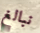
نبالغ